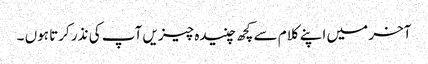
آخر میں اپنے کلام سے کچھ چنیدہ چیزیں آپ کی نذر کرتا ہوں ۔